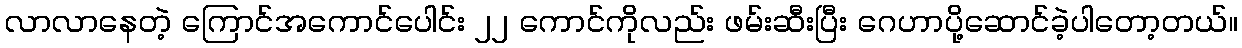
လာလာနေတဲ့ ကြောင်အကောင်ပေါင်း ၂၂ ကောင်ကိုလည်း ဖမ်းဆီးပြီး ဂေဟာပို့ဆောင်ခဲ့ပါတော့တယ်။